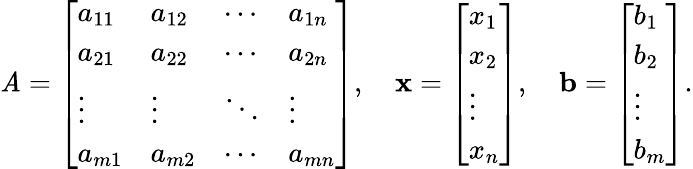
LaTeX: \mathit{A}={\left[\begin{array}{llll}{a_{11}}&{a_{12}}&{\cdots}&{a_{1n}}\\ {a_{21}}&{a_{22}}&{\cdots}&{a_{2n}}\\ {\vdots}&{\vdots}&{\ddots}&{\vdots}\\ {a_{m1}}&{a_{m2}}&{\cdots}&{a_{mn}}\end{array}\right]},\quad\mathbf{{x}}={\left[\begin{array}{l}{x_{1}}\\ {x_{2}}\\ {\vdots}\\ {x_{n}}\end{array}\right]},\quad\mathbf{{b}}={\left[\begin{array}{l}{b_{1}}\\ {b_{2}}\\ {\vdots}\\ {b_{m}}\end{array}\right]}.